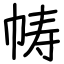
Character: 帱